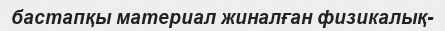
бастапқы материал жиналған физикалық-